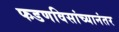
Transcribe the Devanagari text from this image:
फडणविसांच्यानंतर